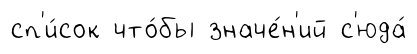
сп'и́сок что́бы значе́н'ий с'юда́